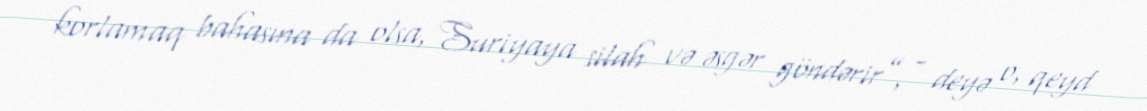
korlamaq bahasına da olsa, Suriyaya silah və əsgər göndərir”, - deyə o, qeyd